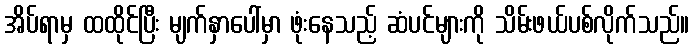
အိပ်ရာမှ ထထိုင်ပြီး မျက်နှာပေါ်မှာ ဖုံးနေသည့် ဆံပင်များကို သိမ်းဖယ်ပစ်လိုက်သည်။